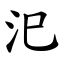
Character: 汜